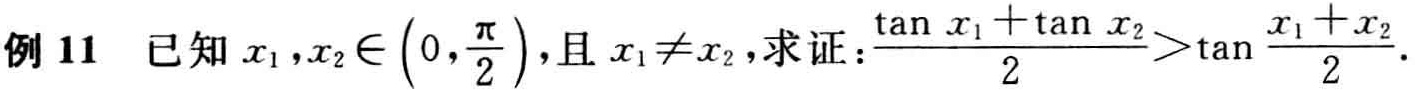
例 11 已知 \(x_{1},x_{2}\in\left(0,\frac{\pi}{2}\right)\)，且 \(x_{1}\neq x_{2}\)，求证：\(\frac{\tan x_{1}+\tan x_{2}}{2}>\tan\frac{x_{1} + x_{2}}{2}\) .